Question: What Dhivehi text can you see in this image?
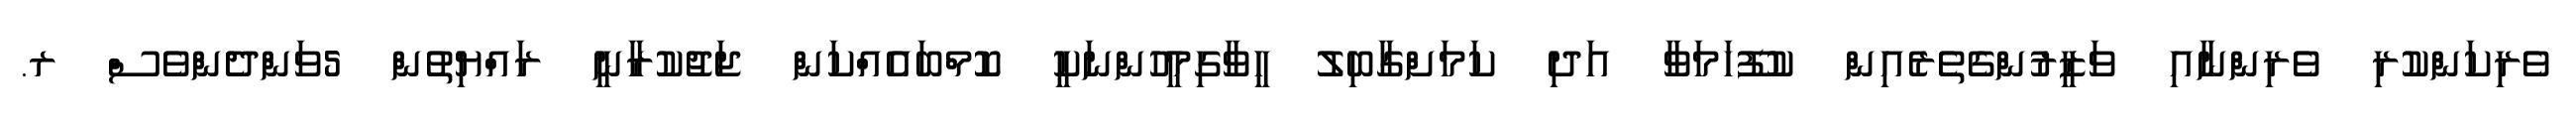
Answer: ވެރިކަންކުރި ވެރިންނާއި ވަޒީރުންގެތެރެއިން ކުފޫހަމަވާ އަދި ކަމަށްގާބިލު ހީވާގިމީހުންނަކީ ކޮމްބައެއްކަން ޖަޖުކުރާނީ ރައްޔިތުން 5ވަންދެންވެސް ރ.